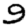
Digit: 9